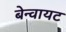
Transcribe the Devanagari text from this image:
बेन्वायट